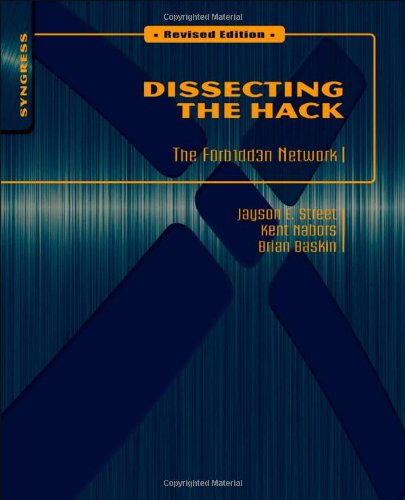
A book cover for Dissecting the Hack: The F0rb1dd3n Network, Revised Edition; Jayson E. Street; Computers & Technology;